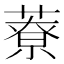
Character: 𦼔